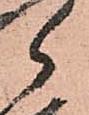
郎